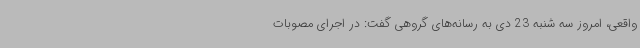
واقعی، امروز سه شنبه 23 دی به رسانه‌های گروهی گفت: در اجرای مصوبات